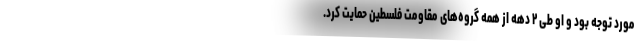
مورد توجه بود و او طی ۲ دهه از همه گروه‌های مقاومت فلسطین حمایت کرد.